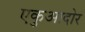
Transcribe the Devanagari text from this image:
एकुआदोर